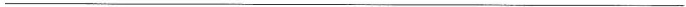
___